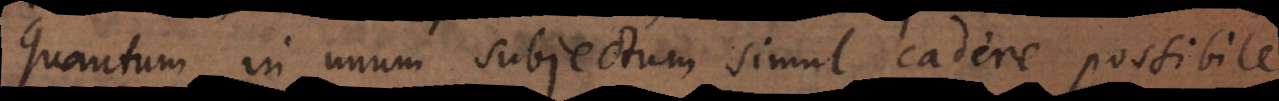
quantum in unum subjectum simul cadere possibile